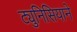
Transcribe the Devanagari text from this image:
ट्युनिसियाने